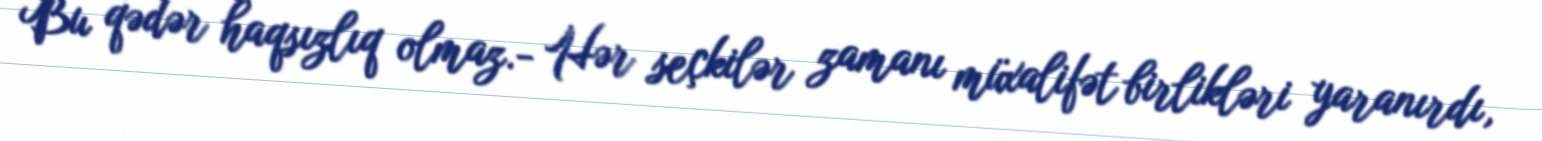
Bu qədər haqsızlıq olmaz.- Hər seçkilər zamanı müxalifət birlikləri yaranırdı,